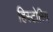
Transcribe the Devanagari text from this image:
हिस्टोरिय